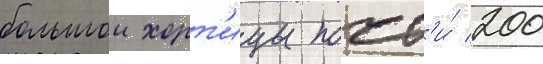
большои хорт'ицы почт'и́ 200